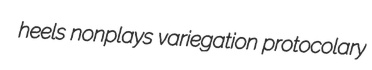
heels nonplays variegation protocolary